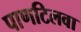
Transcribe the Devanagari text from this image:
पाणटिलवा